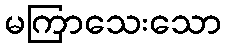
မကြာသေးသော